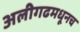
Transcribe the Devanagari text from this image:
अलीगढमधूनच